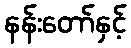
နန်းတော်နှင့်